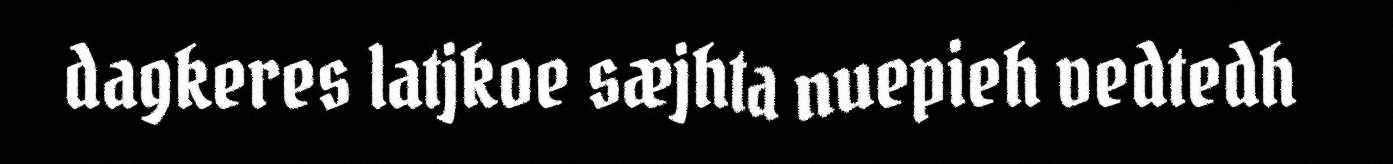
dagkeres latjkoe sæjhta nuepieh vedtedh